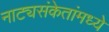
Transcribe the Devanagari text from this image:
नाट्यसंकेतांमध्ये